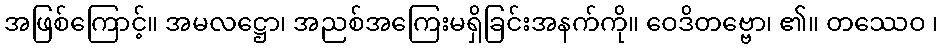
အဖြစ်ကြောင့်။ အမလဋ္ဌော၊ အညစ်အကြေးမရှိခြင်းအနက်ကို။ ဝေဒိတဗ္ဗော၊ ၏။ တဿေဝ ၊